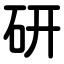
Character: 研